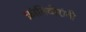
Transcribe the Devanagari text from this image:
क्रांतिवीरांनी